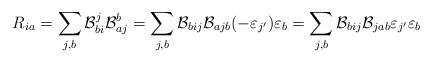
\begin{align*}R_{ia} = \sum_{j,b}\mathcal{B}_{bi}^j \mathcal{B}_{aj}^b = \sum_{j,b} \mathcal{B}_{bij} \mathcal{B}_{ajb}(-\varepsilon_{j'})\varepsilon_b = \sum_{j,b} \mathcal{B}_{bij} \mathcal{B}_{jab}\varepsilon_{j'}\varepsilon_b\end{align*}